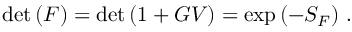
\operatorname * { d e t } { ( F ) } = \operatorname * { d e t } { ( 1 + G V ) } = \exp { ( - S _ { F } ) } ~ .